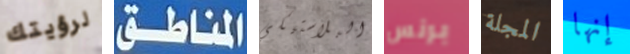
لرؤيتك المناطق البلاستيكي برنس المجلة إنها